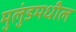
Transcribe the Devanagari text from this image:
मुलुंडमधील